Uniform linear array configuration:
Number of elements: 12
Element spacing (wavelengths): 1
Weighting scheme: kaiser
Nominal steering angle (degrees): -30
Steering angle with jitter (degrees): -31.503
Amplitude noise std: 0.05
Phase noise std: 0.05

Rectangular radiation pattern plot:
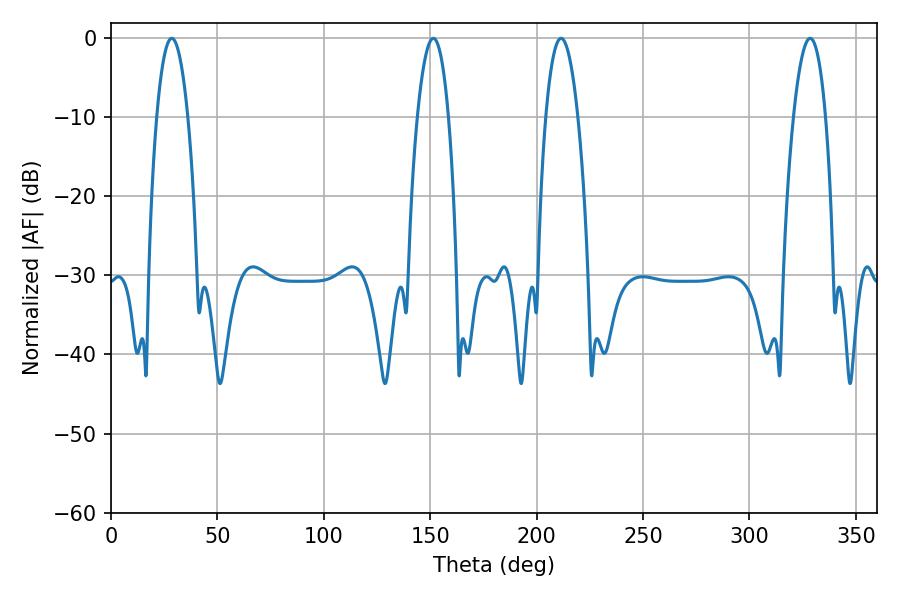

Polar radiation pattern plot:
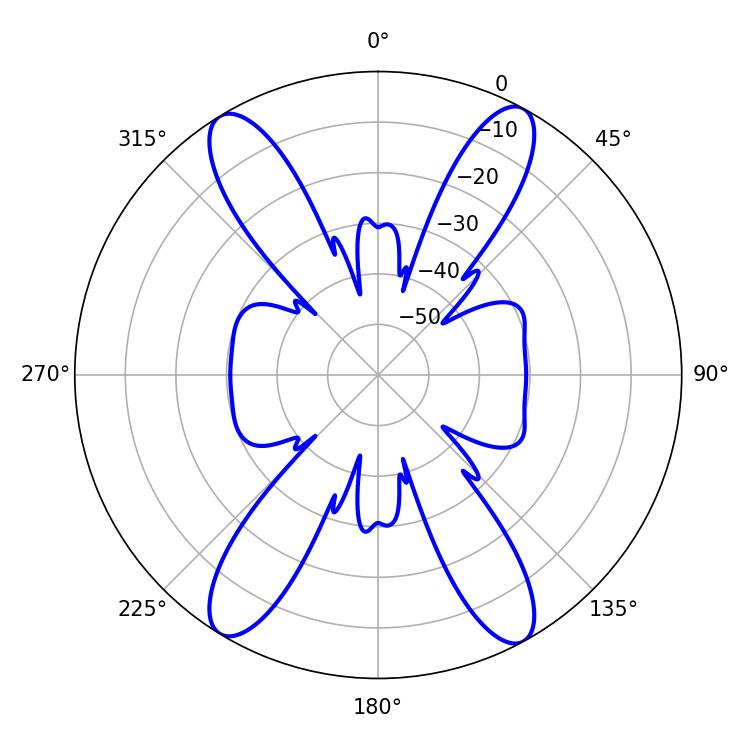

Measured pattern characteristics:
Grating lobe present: TRUE
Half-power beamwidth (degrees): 8.46
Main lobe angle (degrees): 211.5